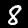
Digit: 8